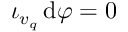
\iota _ { v _ { q } } \, \mathrm { d } \varphi = 0